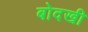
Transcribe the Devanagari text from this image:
बोदखी